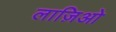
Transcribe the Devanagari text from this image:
लाज़िओ